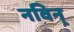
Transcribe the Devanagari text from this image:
नविन्